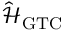
\hat { \mathcal { H } } _ { \mathrm { G T C } }